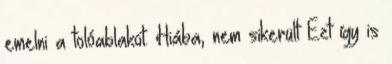
emelni a tolóablakot. Hiába, nem sikerült Ezt így is